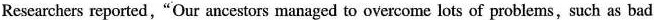
Researchers reported, “Our ancestors managed to overcome lots of problems,such as bad